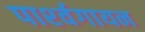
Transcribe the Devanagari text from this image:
पार्श्‍वगायन